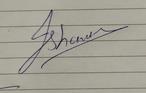
Signature authenticity: genuine